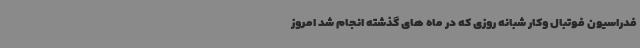
فدراسیون فوتبال وکار شبانه روزی که در ماه های گذشته انجام شد امروز